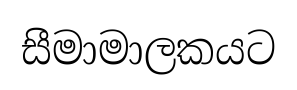
සීමාමාලකයට